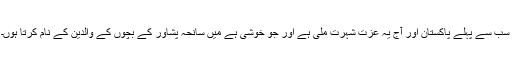
سب سے پہلے پاکستان اور آج یہ عزت شہرت ملی ہے اور جو خوشی ہے میں سانحہ پشاور کے بچوں کے والدین کے نام کرتا ہوں۔